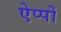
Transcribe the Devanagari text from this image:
ऐप्पों